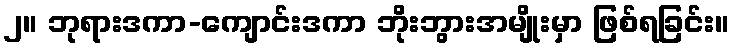
၂။ ဘုရားဒကာ-ကျောင်းဒကာ ဘိုးဘွားအမျိုးမှာ ဖြစ်ရခြင်း။